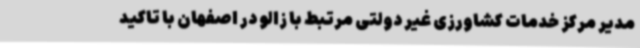
مدیر مرکز خدمات کشاورزی غیر دولتی مرتبط با زالو در اصفهان با تاکید